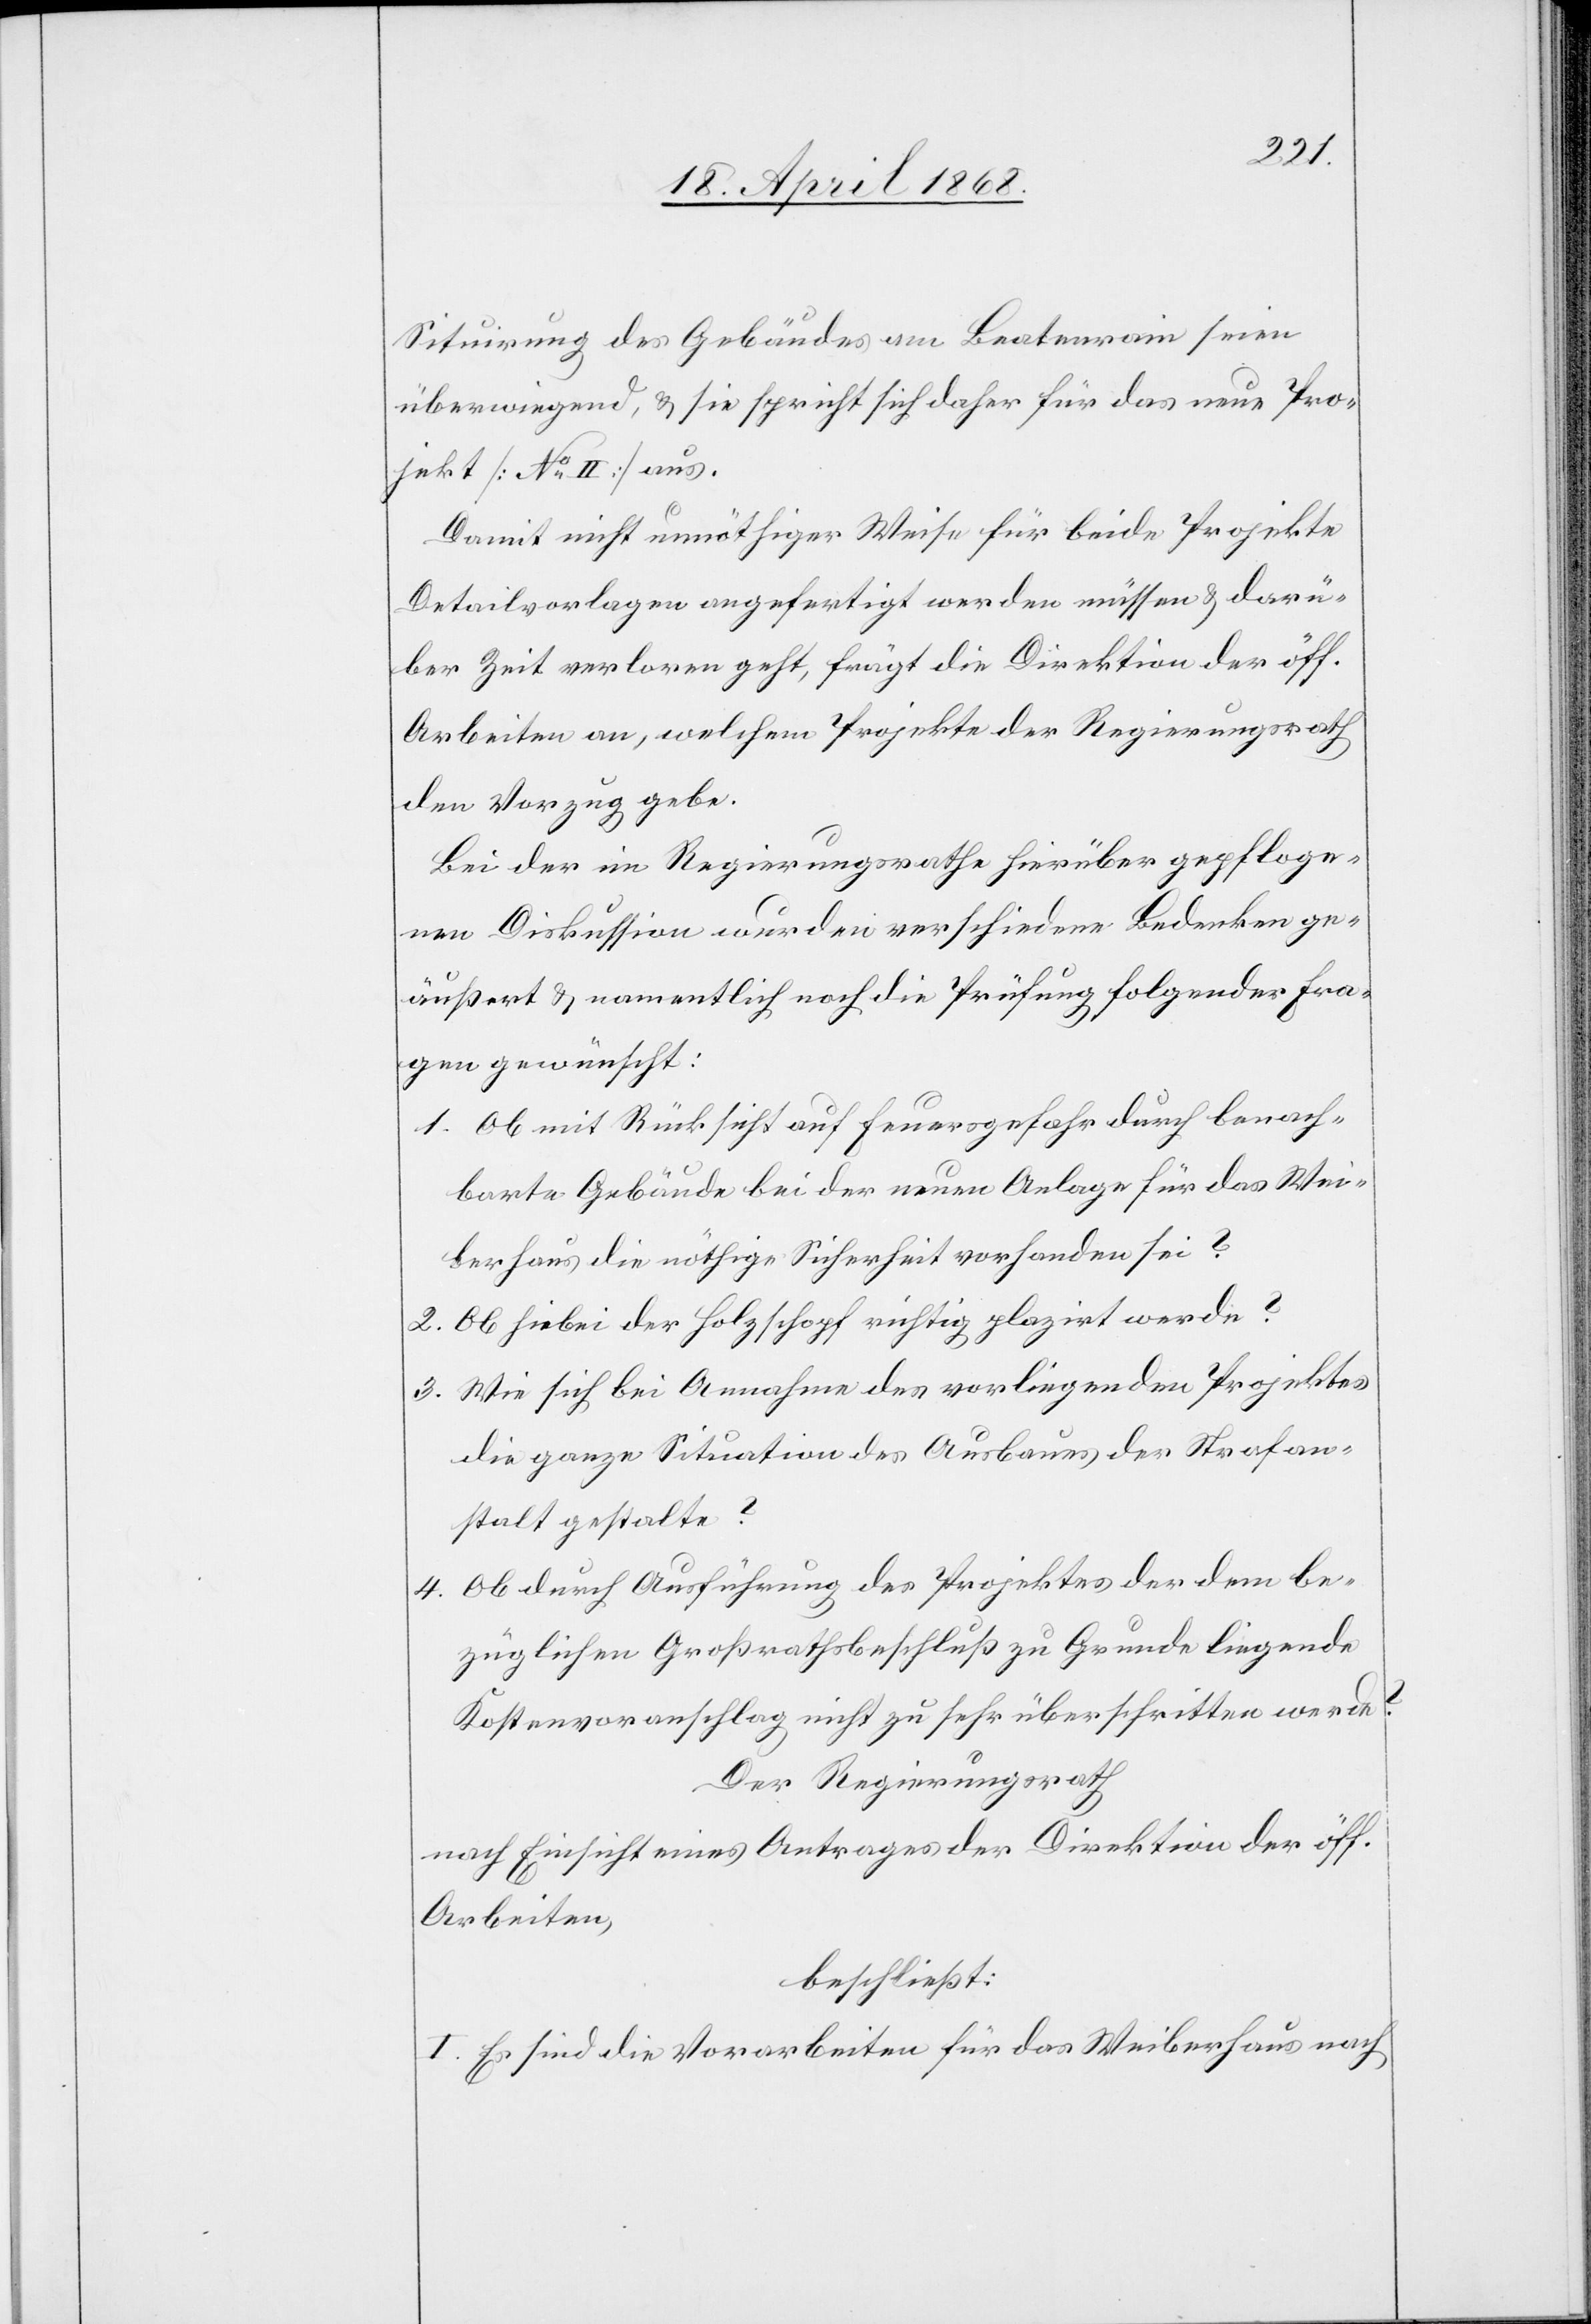
Situirung des Gebäudes am Beatenrain seien
überwiegend, & sie spricht sich daher für das neue Pro¬
jekt [No. II] aus.
Damit nicht unnöthiger Weise für beide Projekte
Detailvorlagen angefertigt werden müssen & darü¬
ber Zeit verloren geht, frägt die Direktion der öff.
Arbeiten an, welchem Projekte der Regierungsrath
den Vorzug gebe.
Bei der im Regierungsrathe hierüber gepfloge¬
nen Diskussion wurden verschiedene Bedenken ge¬
äußert & namentlich noch die Prüfung folgender Fra¬
gen gewünscht:
Ob mit Rücksicht auf Feuersgefahr durch benach¬
barte Gebäude bei der neuen Anlage für das Wei¬
berhaus die nöthige Sicherheit vorhanden sei?
Ob hiebei der Holzschopf richtig plazirt werde?
Wie sich bei Annahme des vorliegenden Projektes
die ganze Situation des Ausbaues der Strafan¬
stalt gestalte?
Ob durch Ausführung des Projektes der dem be¬
züglichen Großrathsbeschluß zu Grunde liegende
Kostenvoranschlag nicht zu sehr überschritten werde?
Der Regierungsrath
nach Einsicht eines Antrages der Direktion der öff.
Arbeiten,
beschließt:
I. Es sind die Vorarbeiten für das Weiberhaus nach